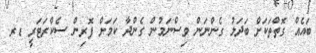
ބައެއް ގޮތްތަކަށް ބަދަލު ގެންނަން ވިސްނަމުން ގެންދާ ކަމަށް ފޮރިން ސެކްރަޓަރީ ޑރ.